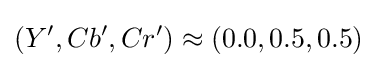
(Y',Cb',Cr')\approx (0.0,0.5,0.5)